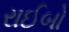
રાઈબો